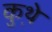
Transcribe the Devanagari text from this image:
कुथ़े